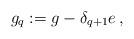
LaTeX: \begin{align*}g_q := g - \delta_{q+1} e\, ,\end{align*}